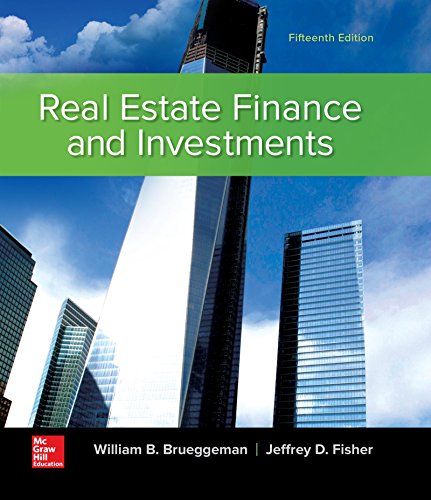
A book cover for Real Estate Finance & Investments; William Brueggeman; Business & Money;